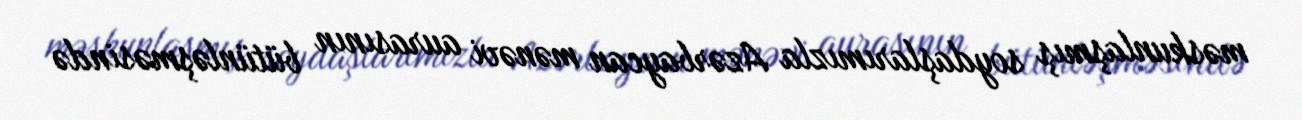
məskunlaşmış soydaşlarımızla Azərbaycan mənəvi aurasının bütünləşməsində